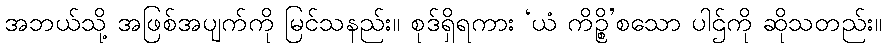
အဘယ်သို့ အဖြစ်အပျက်ကို မြင်သနည်း။ စုဒ်ရှိရကား ‘ယံ ကိဉ္စိ’စသော ပါဌ်ကို ဆိုသတည်း။